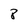
Character: 8